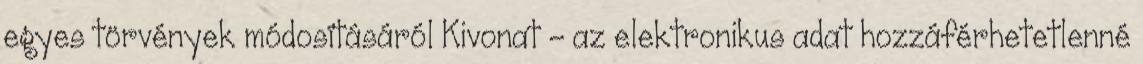
egyes törvények módosításáról Kivonat - az elektronikus adat hozzáférhetetlenné